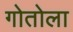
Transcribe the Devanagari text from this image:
गोतोला